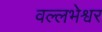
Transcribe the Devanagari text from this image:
वल्लभेश्वर